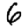
Digit: 6